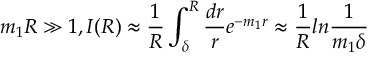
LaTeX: m _ { 1 } R \gg 1 , I ( R ) \approx \frac { 1 } { R } \int _ { \delta } ^ { R } \frac { d r } { r } e ^ { - m _ { 1 } r } \approx \frac { 1 } { R } l n \frac { 1 } { m _ { 1 } \delta }